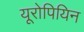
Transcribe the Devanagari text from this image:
यूरोपियिन